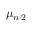
\mu _ { n \cdot 2 }